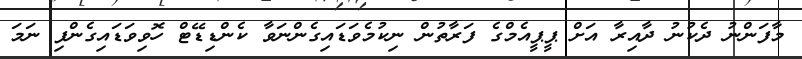
މާފަންނު ދެކުނު ދާއިރާ އަށް ޕީޕީއެމްގެ ފަރާތުން ނިކުމެވަޑައިގެންނަވާ ކެންޑިޑޭޓް ހޮވިވަޑައިގެންފި ނަމަ